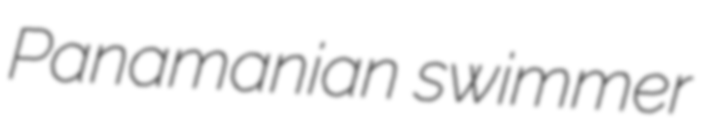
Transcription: Panamanian swimmer